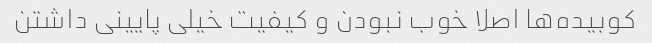
کوبیده‌ها اصلا خوب نبودن و کیفیت خیلی پایینی داشتن